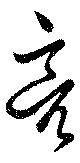
亮